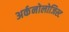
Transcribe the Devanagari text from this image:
अर्कनोलोजिस्ट